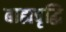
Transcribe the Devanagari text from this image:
बाह्यवृद्धि